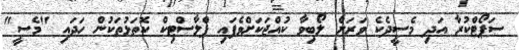
ސަޕޯޓްކުރާ އަދި މެސީދެކެ ވަރަށް ލޯބިވާ ކުއްޖަކަށްވެފައި ޕްލާސްޓިކް ކޮތަޅުތަކުން ހަދައި "މެސީ"